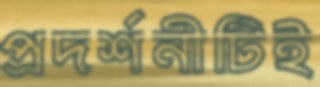
প্রদর্শনীটিই